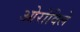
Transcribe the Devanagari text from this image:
ओरोविले